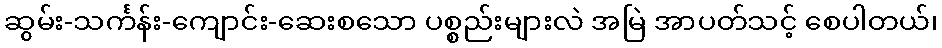
ဆွမ်း-သင်္ကန်း-ကျောင်း-ဆေးစသော ပစ္စည်းများလဲ အမြဲ အာပတ်သင့် စေပါတယ်၊